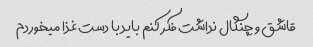
قاشق و چنگال نداشت فکر کنم باید با دست غذا میخوردم